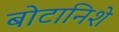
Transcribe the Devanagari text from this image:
बोटानिशे